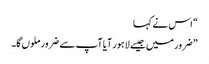
“ اس نے کہا
” ضرور میں جیسے لاہور آیا آپ سے ضرور ملوں گا۔